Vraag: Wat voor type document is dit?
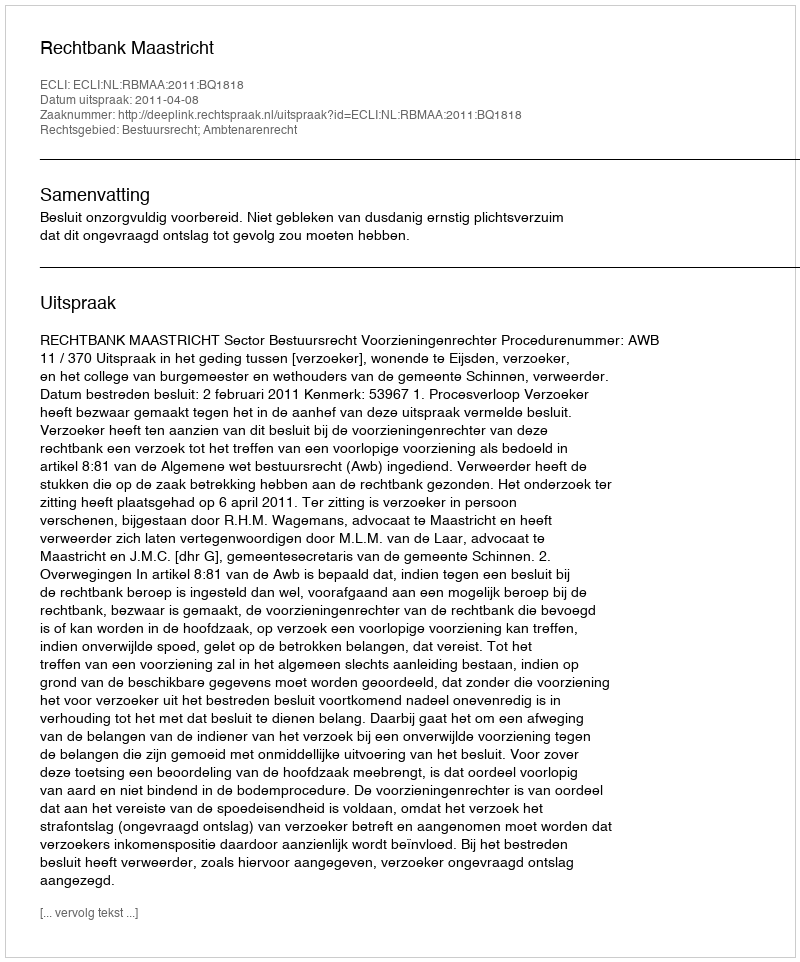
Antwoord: Uitspraak